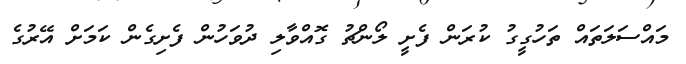
މައްސަލަތައް ތަހުގީގު ކުރަން ފެށީ ލޯންޗު ގޮއްވާލި ދުވަހުން ފެށިގެން ކަމަށް އޭރުގެ